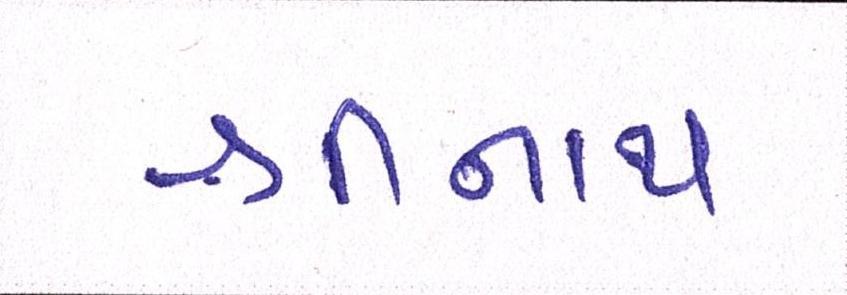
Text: શ્રીનાથ